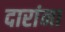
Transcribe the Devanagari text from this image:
दारांना